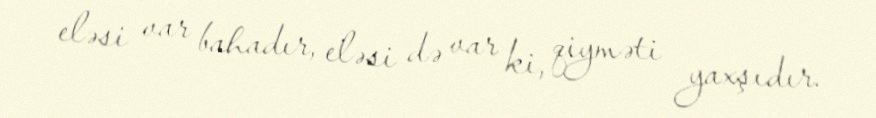
eləsi var bahadır, eləsi də var ki, qiyməti yaxşıdır.